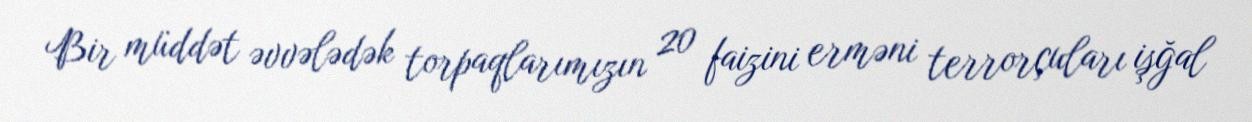
Bir müddət əvvələdək torpaqlarımızın 20 faizini erməni terrorçuları işğal